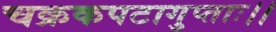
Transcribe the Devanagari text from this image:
चक्रकपटागुप्ताः।।